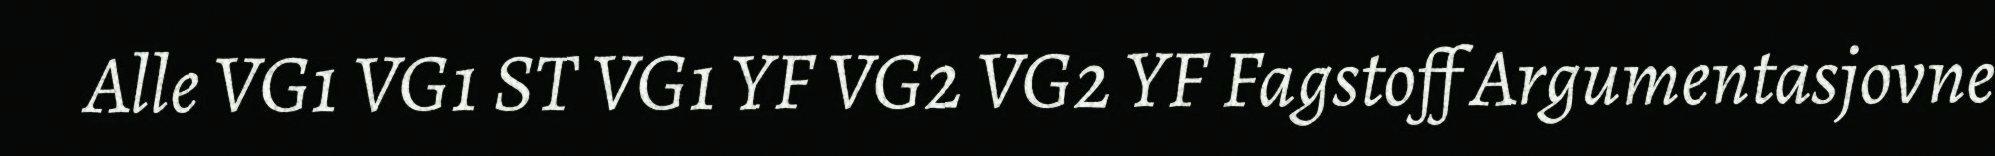
Alle VG1 VG1 ST VG1 YF VG2 VG2 YF Fagstoff Argumentasjovne